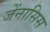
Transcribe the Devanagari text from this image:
जेंनासिस